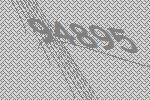
94895